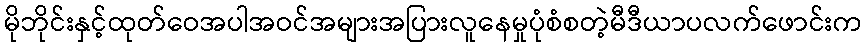
မိုဘိုင်းနှင့်ထုတ်ဝေအပါအဝင်အများအပြားလူနေမှုပုံစံစတဲ့မီဒီယာပလက်ဖောင်းက